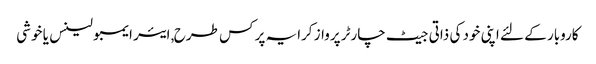
کاروبار کے لئے اپنی خود کی ذاتی جیٹ چارٹر پرواز کرایہ پر کس طرح, ایئر ایمبولینس یا خوشی